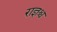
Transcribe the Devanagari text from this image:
राज्ञश्च